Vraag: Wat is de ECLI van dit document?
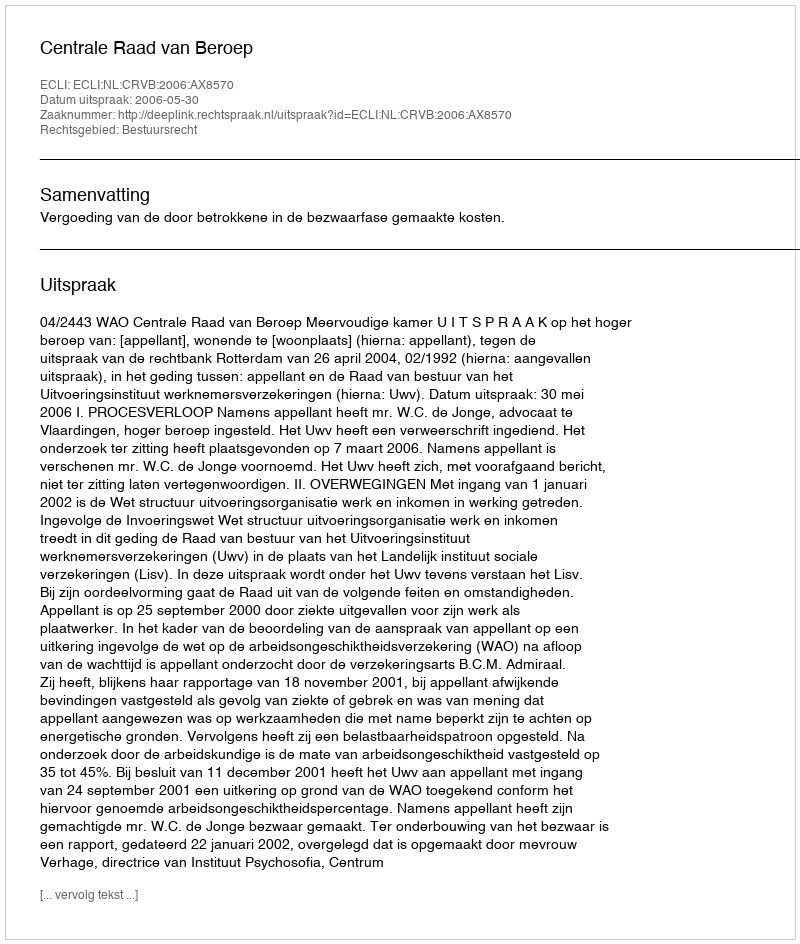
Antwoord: ECLI:NL:CRVB:2006:AX8570